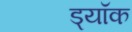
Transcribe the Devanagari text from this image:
ड्यॉक